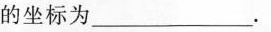
的坐标为___.